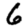
Digit: 6